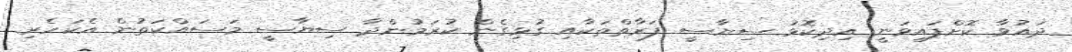
ދައުވާ ކޮށްފައިވަނީ އިދިކޮޅު ސިޔާސީ ފަރާތްތަކާއި ގުޅިގެން ކުރަމުންދާ ސިޔާސީ މަސައްކަތުން އެކަހެރި